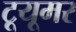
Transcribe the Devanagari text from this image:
टूयूमर